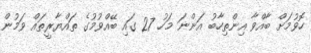
ހޮވުމަށް ބާއްވާ އިންތިހާބު އަންނަ މަހު 27 ގައި ބޭއްވުމުގެ ތައްޔާރީތައް ވަމުން